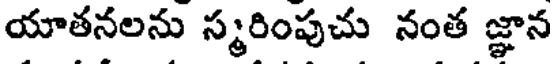
యాతనలను స్మరింపుచు నంత జ్ఞాన